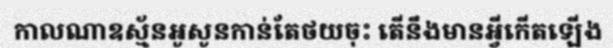
កាលណាឧស្ម័នអូសូនកាន់តែថយចុះ តើនឹងមានអ្វីកើតឡើង